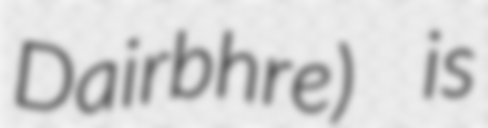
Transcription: Dairbhre) is